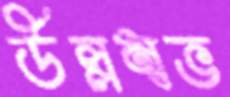
উল্লম্বভ